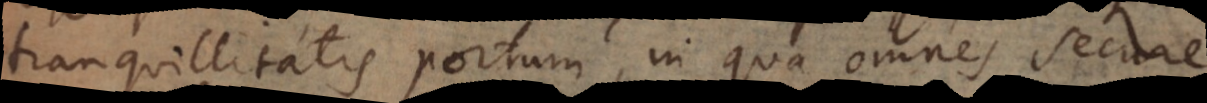
tranquillitatis portum, in qua omnes secure